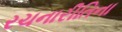
રચનારીતિના